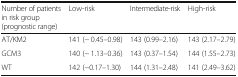
<table><thead><tr><td><b>Number of patients in risk group (prognostic range)</b></td><td><b>Low-risk</b></td><td><b>Intermediate-risk</b></td><td><b>High-risk</b></td></tr></thead><tbody><tr><td>AT/KM2</td><td>141 (− 0.45–0.98)</td><td>143 (0.99–2.16)</td><td>143 (2.17–2.79)</td></tr><tr><td>GCM3</td><td>140 (− 1.13–0.36)</td><td>143 (0.37–1.54)</td><td>144 (1.55–2.73)</td></tr><tr><td>WT</td><td>142 (−0.17–1.30)</td><td>144 (1.31–2.48)</td><td>141 (2.49–3.62)</td></tr></tbody></table>